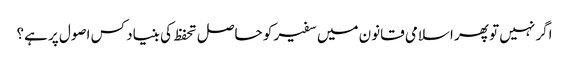
اگر نہیں تو پھر اسلامی قانون میں سفیر کو حاصل تحفظ کی بنیاد کس اصول پر ہے؟